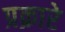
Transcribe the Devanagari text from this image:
प्रक्रारे